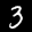
Label: 3